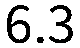
6.3